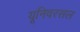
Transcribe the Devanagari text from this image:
यूनिवरसल